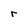
Character: r